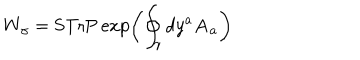
W _ { \gamma } = \mathrm { S T r P } \exp \left( \oint _ { \gamma } d y ^ { a } { \bf A } _ { a } \right)